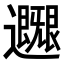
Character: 𨙐